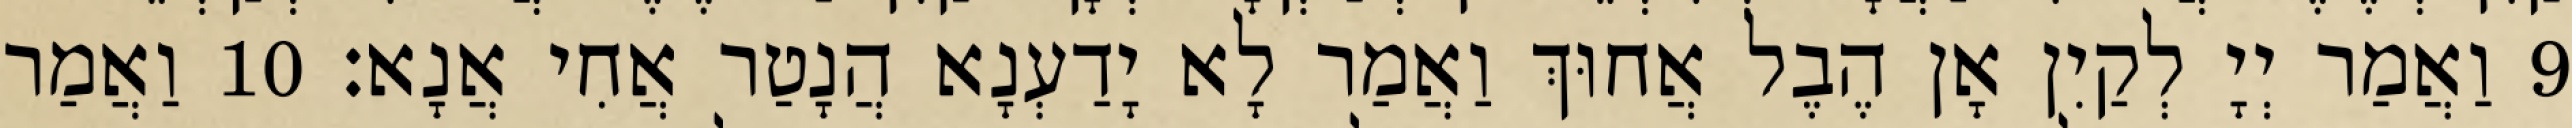
9 וַאֲמַר יְיָ לְקַיִן אָן הֶבֶל אֲחוּךְ וַאֲמַר לָא יָדַעְנָא הֲנָטַר אֲחִי אֲנָא׃ 10 וַאֲמַר